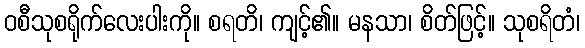
ဝစီသုစရိုက်လေးပါးကို။ စရတိ၊ ကျင့်၏။ မနသာ၊ စိတ်ဖြင့်။ သုစရိတံ၊